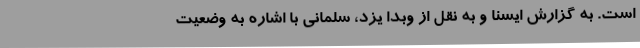
است. به گزارش ایسنا و به نقل از وبدا یزد، سلمانی با اشاره به وضعیت